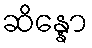
ဆိန္နော